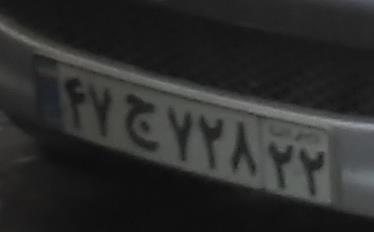
۴۷ج۷۲۸۲۲